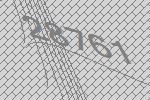
28761